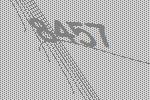
8457